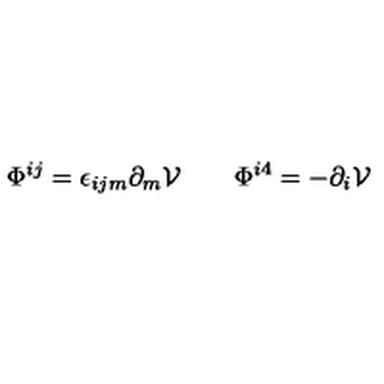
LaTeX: \Phi ^ { i j } = \epsilon _ { i j m } \partial _ { m } { \cal V } \qquad \Phi ^ { i 4 } = - \partial _ { i } { \cal V }